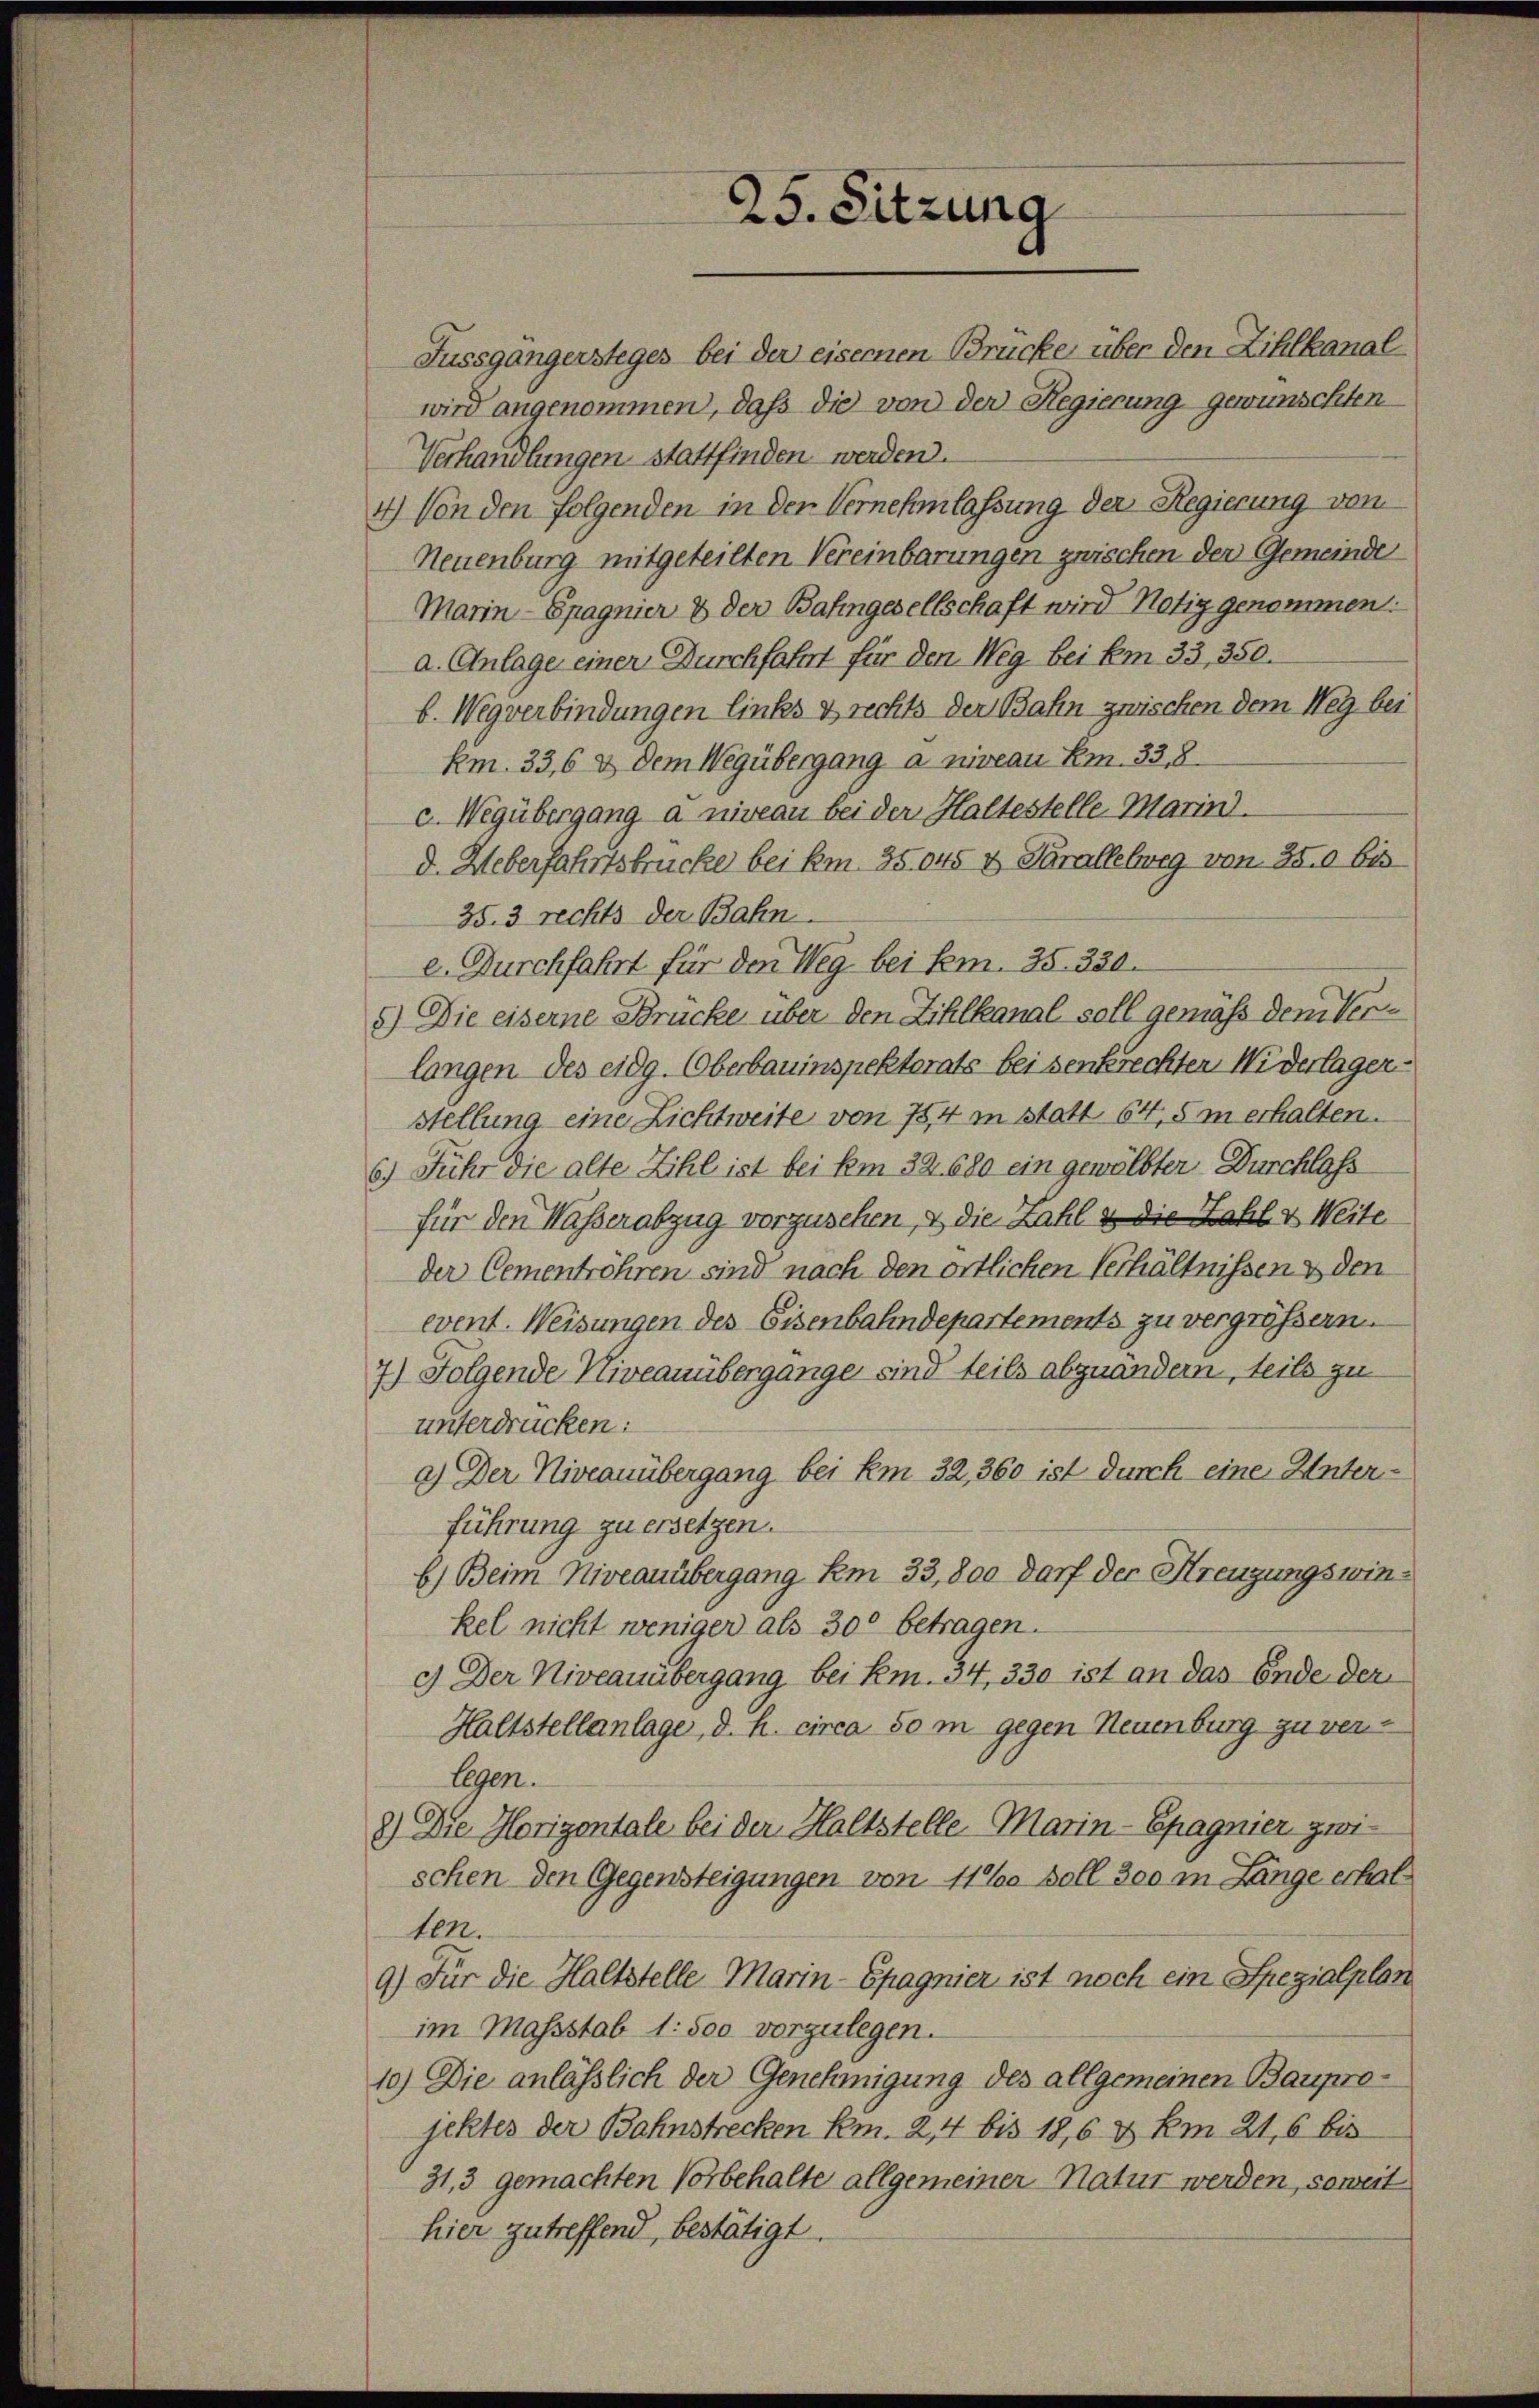
25. Sitzung

Fussgängersteges bei der eisernen Brücke über den Zihlkanal
wird angenommen, daß die von der Regierung gewünschten
Verhandlungen stattfinden werden.
4.) Von den folgenden in den Vernehmlassung der Regierung vom
Neuenburg mitgeteilten Vereinbarungen zwischen der Gemeinde
Marin -Spagnier & der Bahngesellschaft wird Notiz genommen:
a. Anlage einer Durchfahrt für den Weg bei Em 33, 350.
b. Wegverbindungen links & rechts der Bahn zwischen dem Weg bei
km. 33,6 & dem Wegübergang a niveau Em. 33,8
c. Wegübergang a niveau bei der Haltestelle Marin.
d. Ueberfahrtsbrücke bei kn. 35045 x Parallelweg von 350 bis
35.3 rechts der Bahn
e. Durchfahrt für den Weg bei Em. 35. 330.
8) Die eiserne Brücke über den Zihlkanal soll gemäß dem Verlangen des eidg. Oberbauinspektorats bei senkrechten Widerlager
stellung eine Lichtweite von 754 in statt 64,5 m erhalten.
6.) Führ die alte Zihl ist bei km 32. 680 ein gewölbter Durchlass
für den Waßerabzug vorzusehen, & die Zahl & die Zahl & Weite
der Cementröhren sind nach den örtlichen Verhältnissen & den
event. Weisungen des Eisenbahndepartements zu vergrößern.
7.) Folgende Niveauübergange sind teils abzuändern, teils zu
unterdrücken:
2.) Der Niveauübergang bei km 32, 360 ist durch eine Unterführung zu ersetzen.
b.) Beim Niveauübergang km 33,800 darf der Kreuzungswinkel nicht weniger als 300 betragen.
c.) Der Niveauübergang bei km. 34, 330 ist an das Ende der
Haltstellanlage, d. h. circa 50 m gegen Neuenburg zu ver-
legen.
8.) Die Horizontale bei der Haltstelle Marin-Epagnier zwischen den Gegensteigungen von 11 % soll 300 in Länge erhalten.
9.) Für die Haltstelle Marin-Epagnier ist noch ein Spezialplan
im Massstab 1: soo vorzulegen.
10) Die anlässlich der Genehmigung des allgemeinen Bauprojektes der Bahnstrecken km. 2,44 bis 18,6 & km 21. 6 bis
31,3 gemachten Vorbehalte allgemeiner Natur werden, soweit
hier zutreffend, bestätigt.